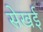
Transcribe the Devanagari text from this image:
सेखई